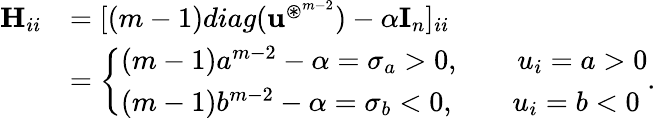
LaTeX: \begin{array}{rl}{\mathbf H_{ii}}&{=[(m-1)diag(\mathbf u^{\circledast^{m-2}})-\alpha\mathbf I_{n}]_{ii}}\\ &{=\left\{ \begin{array}{ll}{(m-1)a^{m-2}-\alpha=\sigma_{a}>0,\quad\quad u_{i}=a>0}\\ {(m-1)b^{m-2}-\alpha=\sigma_{b}<0,\quad\quad u_{i}=b<0}\end{array}\right..}\end{array}